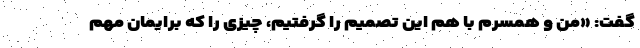
گفت: «من و همسرم با هم این تصمیم را گرفتیم، چیزی را که برایمان مهم